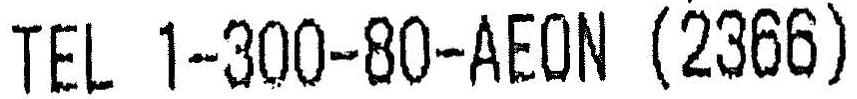
TEL 1-300-80-AEON (2366)